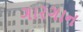
ગારગાન